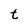
Character: t